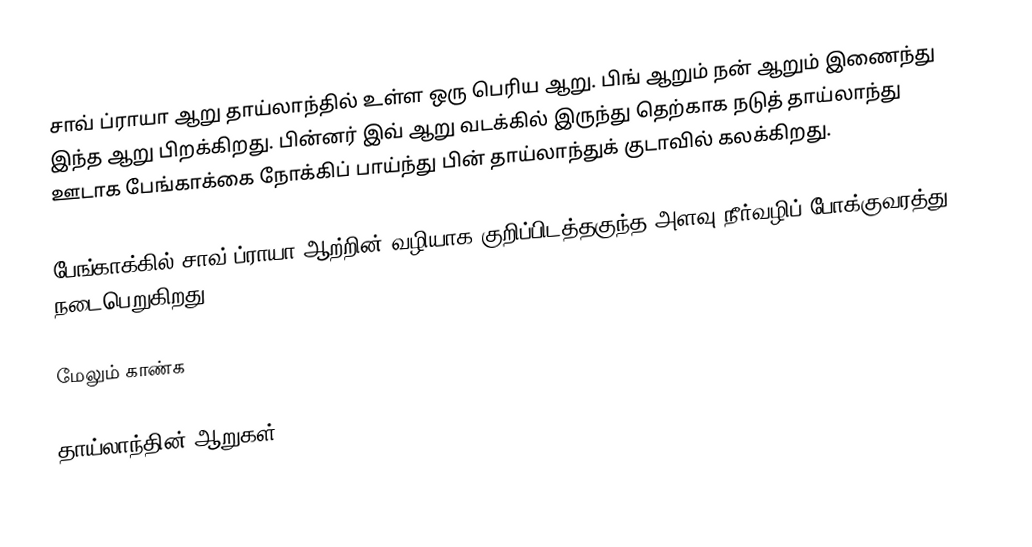
சாவ் ப்ராயா ஆறு தாய்லாந்தில் உள்ள ஒரு பெரிய ஆறு. பிங் ஆறும் நன் ஆறும் இணைந்து இந்த ஆறு பிறக்கிறது. பின்னர் இவ் ஆறு வடக்கில் இருந்து தெற்காக நடுத் தாய்லாந்து ஊடாக பேங்காக்கை நோக்கிப் பாய்ந்து பின் தாய்லாந்துக் குடாவில் கலக்கிறது.

பேங்காக்கில் சாவ் ப்ராயா ஆற்றின் வழியாக குறிப்பிடத்தகுந்த அளவு நீர்வழிப் போக்குவரத்து நடைபெறுகிறது.

மேலும் காண்க

தாய்லாந்தின் ஆறுகள்